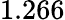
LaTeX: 1.266